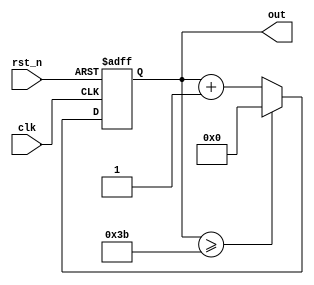

module cnt6( out, 
             clk, 
             rst_n);
             
 output [5:0] out   ; 
 input        clk   ; 
 input        rst_n ;

  reg [5:0]    out  ; 
 
 always @(posedge clk or negedge rst_n) begin 
  if(rst_n == 1'b0) begin 
     out <= 6'd0; 
  end else begin 
    if(out >= 6'd59) begin 
        out <= 6'd0; 
    end else begin 
       out <= out + 1'b1; 
    end 
  end 
 end 
endmodule

`timescale 1ns/1ns

module tb_cnt;
  
  parameter tCK = 1000/50;
  
  reg clk   ;
  reg rst_n ;
 
  wire [5:0] out;
  
  initial clk = 1'b0;
  always @(tCK/2) clk = ~clk;
  
  cnt6 dut( .out(out),
            .clk(clk),
            .rst_n(rst_n));
            
  initial begin
    #(0*tCK) rst_n = 1'b0;
    #(1*tCK) rst_n = 1'b1;
    #(100*tCK) $finish;
    
   end

endmodule




module nco( clk_gen, 
            num, 
            clk, 
            rst_n);

 output clk_gen ;// 1Hz CLK

 input [31:0] num   ; 
 input        clk   ;// 50Mhz CLK input rst_n ;
 input        rst_n ;
 
 
 reg [31:0]   cnt     ; 
 reg          clk_gen ; 
 
 always @(posedge clk or negedge rst_n) begin 
  if(rst_n == 1'b0) begin 
       cnt <= 32'd0 ; 
     clk_gen <= 1'd0; 
  end else begin 
    if(cnt >= num/2-1) begin 
         cnt <= 32'd0 ; 
         clk_gen <= ~clk_gen; 
    end else begin 
        cnt <= cnt + 1'b1; 
    end 
  end 
 end
endmodule



module top_cnt( out, 
                num, 
                clk, 
                rst_n);

 output [5:0] out ;

 input [31:0] num     ; 
 input        clk     ; 
 input        rst_n   ;

 wire         clk_gen ;
 
 nco u_nco( .clk_gen ( clk_gen ), 
            .num ( num ), 
            .clk ( clk ), 
            .rst_n ( rst_n ));


 cnt6 u_cnt6( .out ( out ), 
              .clk ( clk_gen ), 
              .rst_n ( rst_n ));
 

endmodule



module tb_top_cnt;
 parameter tCK = 1000/50 ; // 50MHz Clock

 reg clk   ; 
 reg rst_n ;

 wire [5:0] out ;
 
 initial clk = 1'b0; 
 always #(tCK/2) clk = ~clk;

 top_cnt dut( .out ( out ),
             .num ( 32'd50000000 ), 
             .clk ( clk ), 
             .rst_n ( rst_n )); 
             
 initial begin 
  #(0*tCK) rst_n = 1'b0; 
  #(1*tCK) rst_n = 1'b1; 
  #(100000000*tCK) $finish; 
 end
endmodule